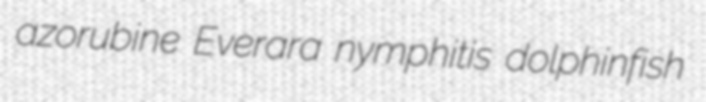
azorubine Everara nymphitis dolphinfish